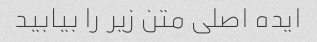
ایده اصلی متن زیر را بیابید